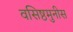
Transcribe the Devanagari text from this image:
वसिष्ठमुनीस